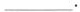
___.